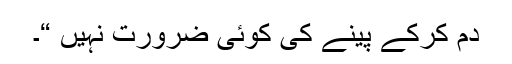
دم کرکے پینے کی کوئی ضرورت نہیں “۔